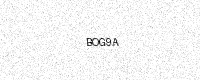
Text: BOG9A